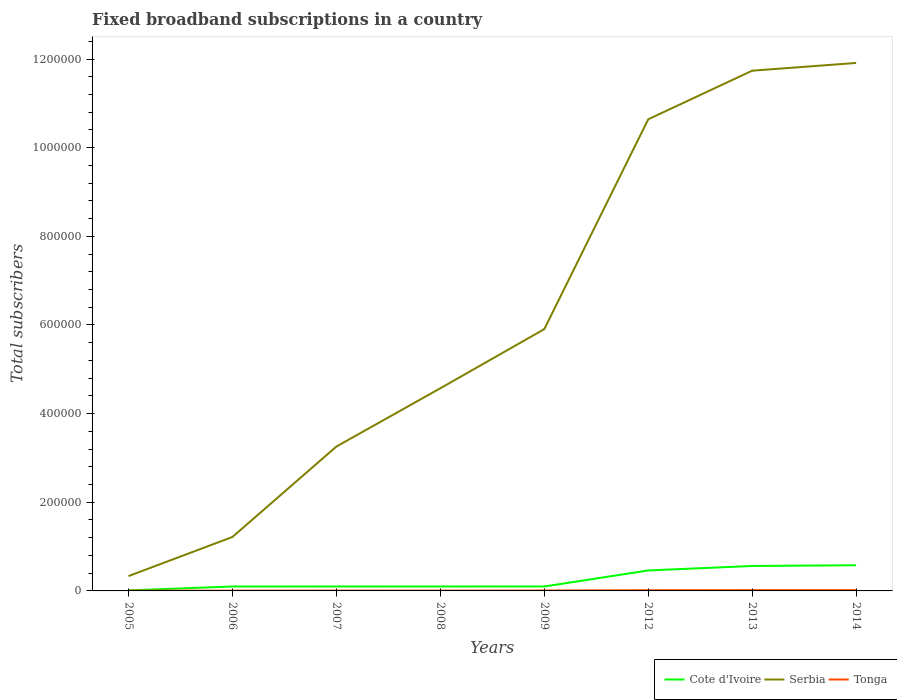
| Years | Cote d'Ivoire | Serbia | Tonga |
 | --- | --- | --- | --- |
 | 2005 | 1.24e+03 | 3.35e+04 | 645 |
 | 2006 | 1e+04 | 1.22e+05 | 633 |
 | 2007 | 1e+04 | 3.26e+05 | 780 |
 | 2008 | 1e+04 | 4.57e+05 | 721 |
 | 2009 | 1e+04 | 5.91e+05 | 1e+03 |
 | 2012 | 4.62e+04 | 1.06e+06 | 1.5e+03 |
 | 2013 | 5.63e+04 | 1.17e+06 | 1.7e+03 |
 | 2014 | 5.79e+04 | 1.19e+06 | 1.8e+03 |